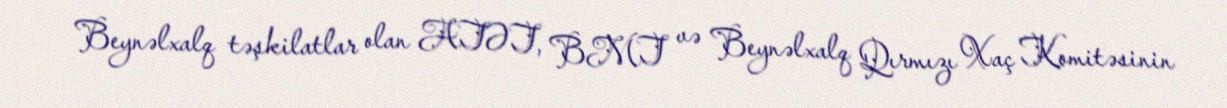
Beynəlxalq təşkilatlar olan ATƏT, BMT və Beynəlxalq Qırmızı Xaç Komitəsinin